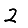
Digit: 2